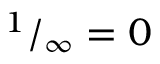
^ { 1 } / _ { \infty } = 0